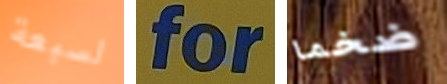
لسبعة for ضخما